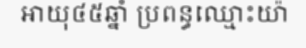
អាយុ៤៥ឆ្នាំ ប្រពន្ធឈ្មោះយ៉ា